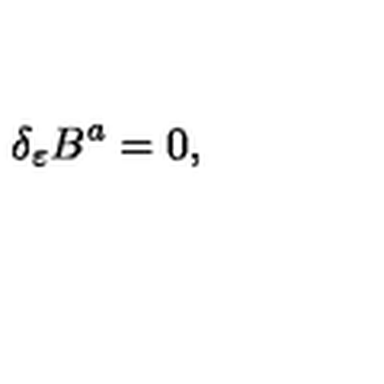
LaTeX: \delta _ { \varepsilon } B ^ { a } = 0 ,